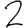
Digit: 2